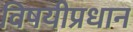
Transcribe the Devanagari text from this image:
विषयीप्रधान